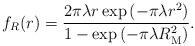
LaTeX: \begin{align*}\!\!\!\!\!\!f_R(r)=\frac{2 \pi \lambda r \exp \left(- \pi \lambda r^2 \right)}{1-\exp \left(- \pi \lambda R_{\rm M}^2 \right)}.\end{align*}